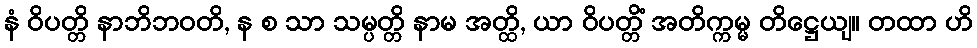
နံ ဝိပတ္တိ နာဘိဘဝတိ, န စ သာ သမ္ပတ္တိ နာမ အတ္ထိ, ယာ ဝိပတ္တိံ အတိက္ကမ္မ တိဋ္ဌေယျ။ တထာ ဟိ